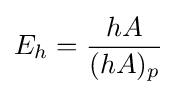
E_{h}={hA \over (hA)_{p}}